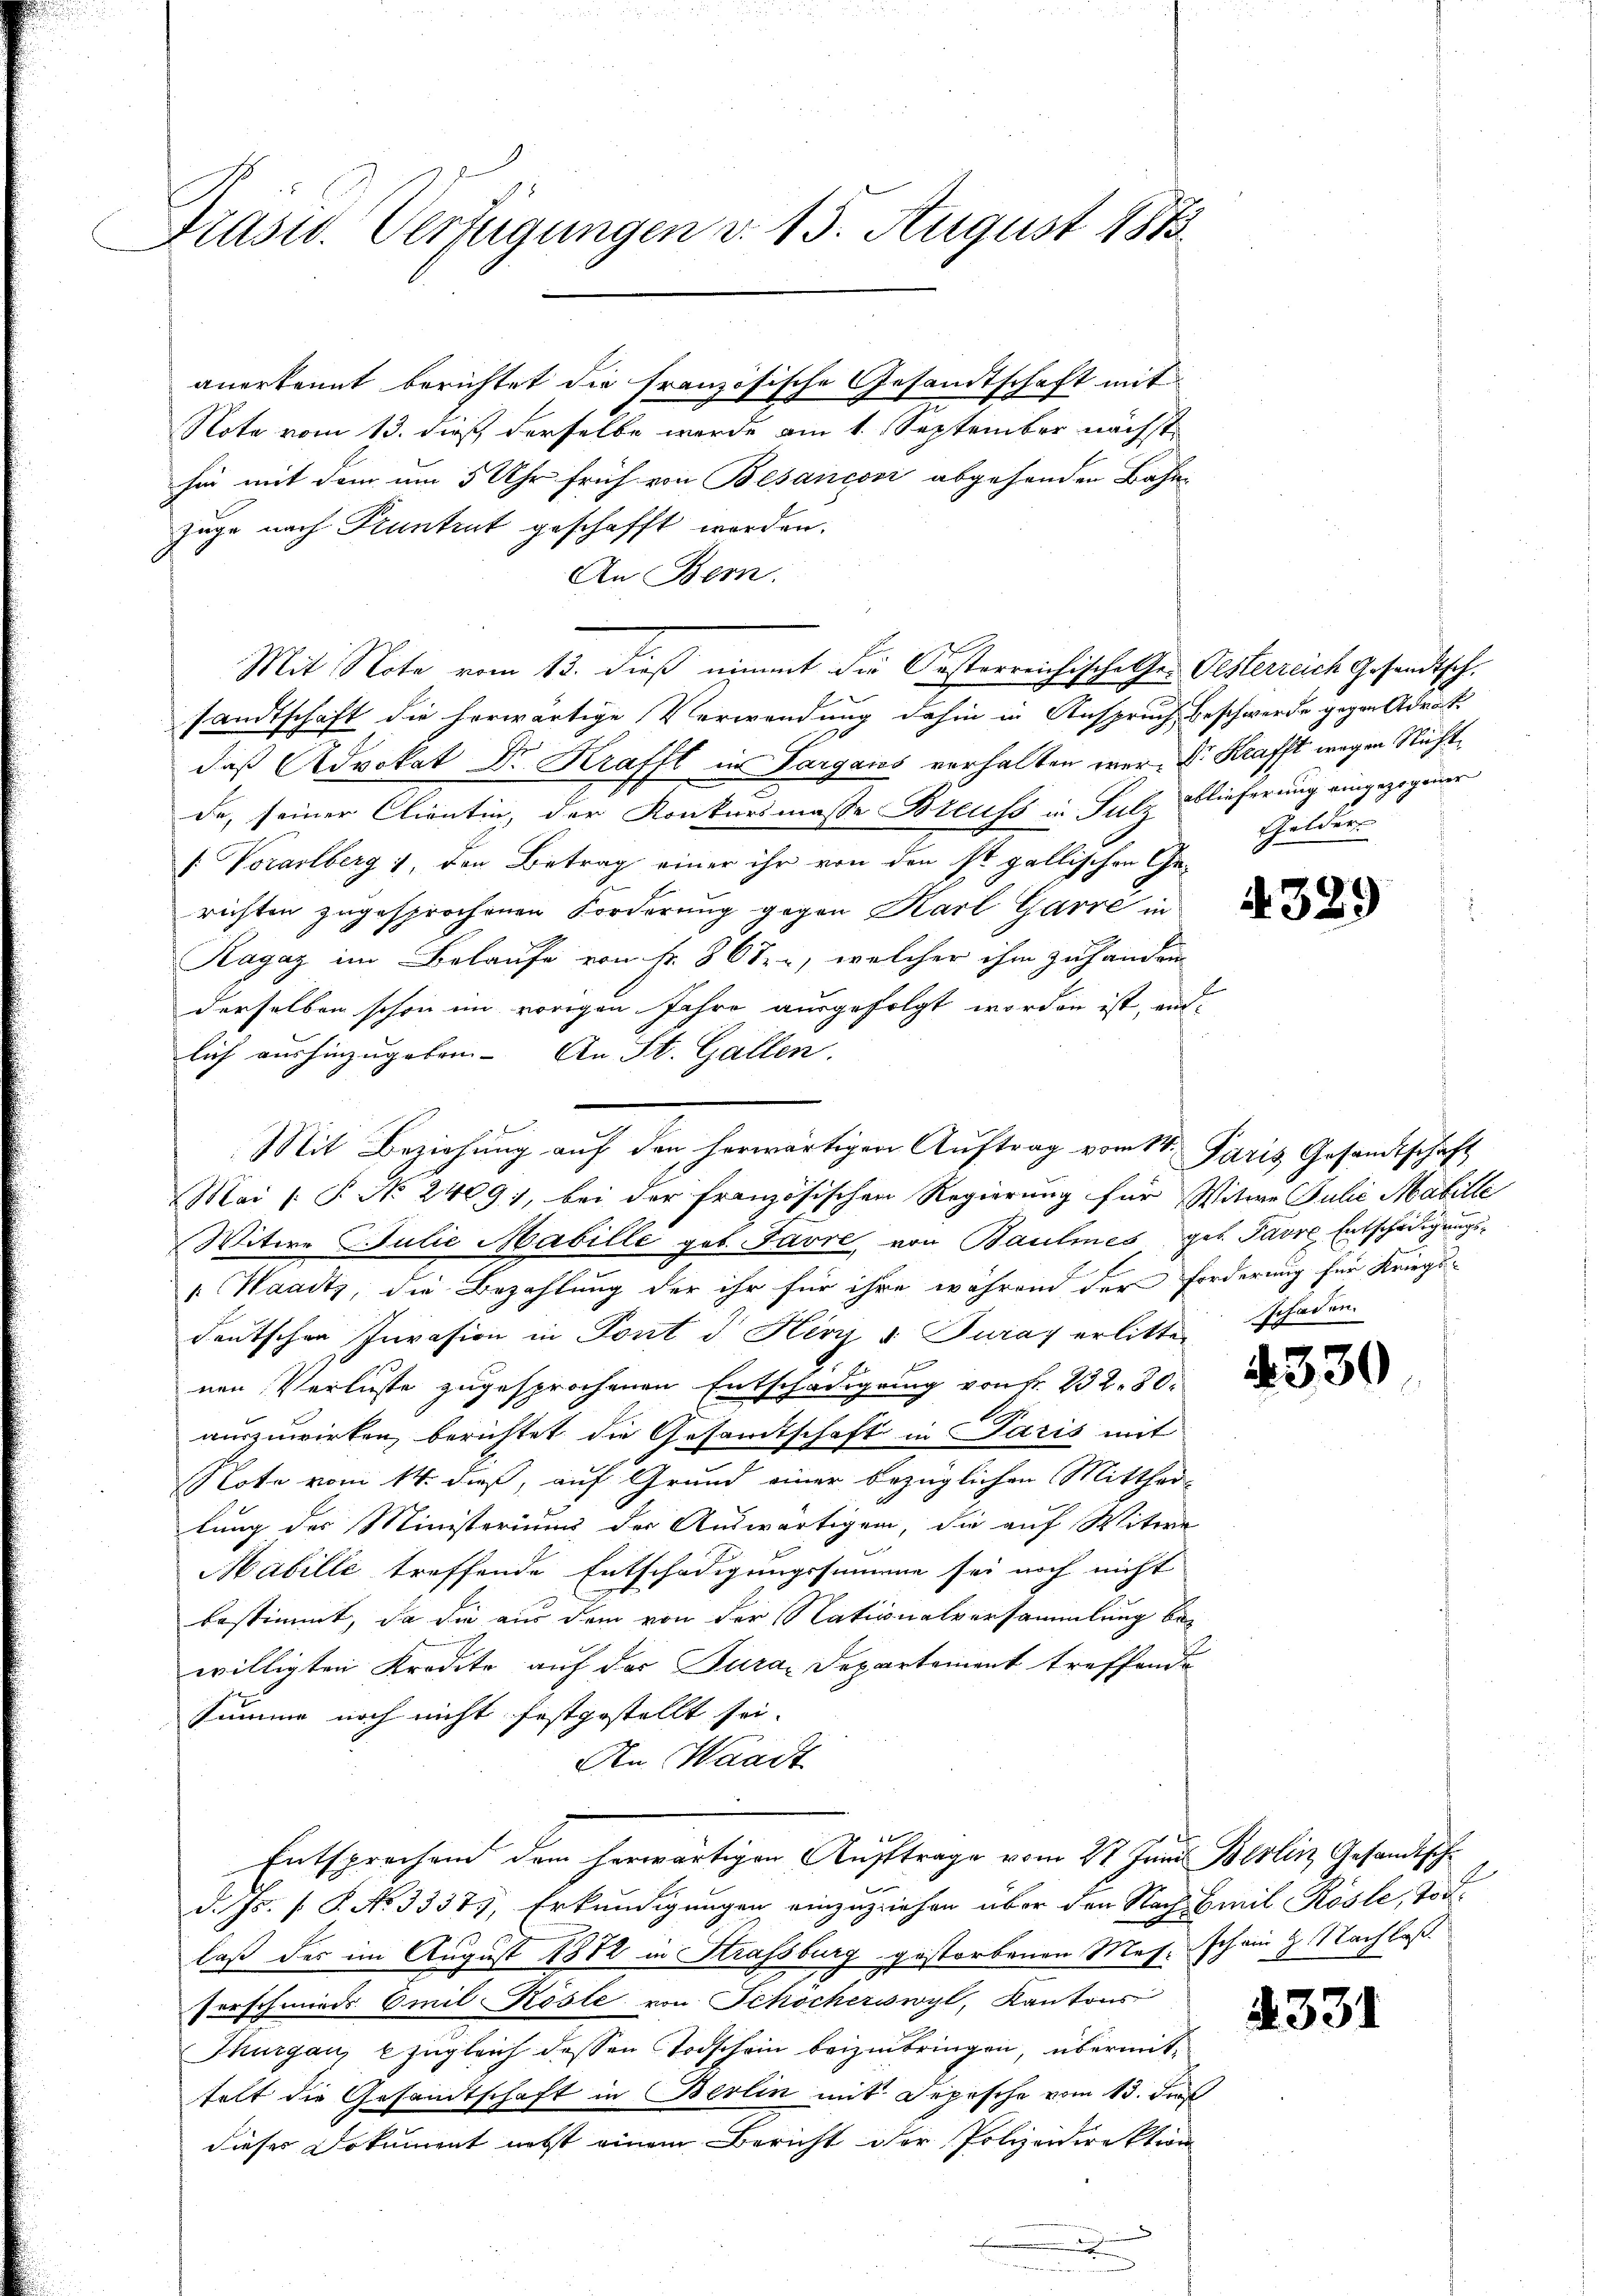
Trast. Verfügungen d. 15. August 1873.

Note vom 13. dieß derselbe werde am 1. September nächst
für mit dem um 5 Uhr früh von Besanconi abgehenden Bahn
zuge nach Kuntrut geschafft worden.
An Bern.
Mit Note vom 13. dieß nimmt die Oesterreichische Ge- Pesterreich Gesandtsch.
sandtschaft die herwärtige Verwendung dahin in Anspruch beschwerde gegen Adrat
daß Advokat Dr. Krafft in Sargares verhalten war. Dr Krafft wegen Nicht
de, seiner Clientin, der Konkursmasse Breuss in Sul- Blieferung eingezogener
[: Vorarlberg 1, den Betrag einer ihr von den ist gallischen Ge-
richten zugesprochenen Forderung gegen Karl Garre in
Ragaz im Belaufe von Nr. 867, welcher ihm zu handen
derselben schon im vorigen Jahre ausgefolgt worden ist, and
lich aushinzugeben. An St. Gallen.
Mit Beziehung auf den herwärtigen Auftrag vom 14. Paris Gesandtschaft
Mai (S. No. 2409), bei der französischen Regierung für Witwe Julii Mabille
Witwe Julie Mabille geb. Favre, von Baulines ges. Parre Entschädigungs¬
 Waadtz, die Bezahlung der ihr für ihre während der Forderung für Kriegs-
deutschen Invasion in Pont J. Herr v. Juraf erlitten
f
1.
nen Verluste zugesprochenen Entschädigung von Fr. 232. 80.
auszuwirken, berichtet die Gesandtschaft in Paris mit
Note vom 14. dieß, auf Grund einer bezüglichen Mitthei-
tung des Ministeriums der Auswärtigen, die auf Witwe
Mabilli treffende Entschädigungssumme sei noch nicht
bestimmt, da die aus dem von der Nationalversammlung bewilligten Krodete auf der Jura. Departement treffende
summe noch nicht festgestellt sei.
An Waadt
Entsprochen dem herwärtigen Auftrage vom 27. Juni Berlin Gesandtschd. Js. [ P. No 3337, Erkundigungen einzuziehen über den Nach Breil Rösle, Tod.
laß des im August 1872 in Strassburg gestorbenen Mes. schon 2. Nachlaß
ferschmieds Emil Kösle von Schöcherswyl, Kantons
Thurgau, zugleich dessen Todschein beizubringen, übermittelt die Gesandtschaft in Berlin mit Depesche vom 13. Frk.
dieses Dokument nebst einem Bericht der Polizeidirektion

anerkannt berichtet die französische Gesandtschaft mit

Gelder

4329

Sefaren.

4330

4331